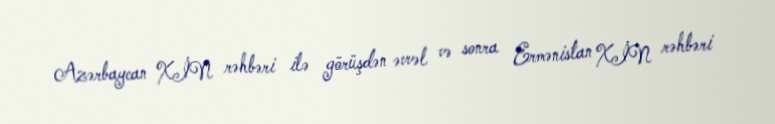
Azərbaycan XİN rəhbəri ilə görüşdən əvvəl və sonra Ermənistan XİN rəhbəri